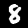
Label: 8